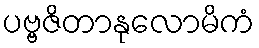
ပဗ္ဗဇိတာနုလောမိကံ